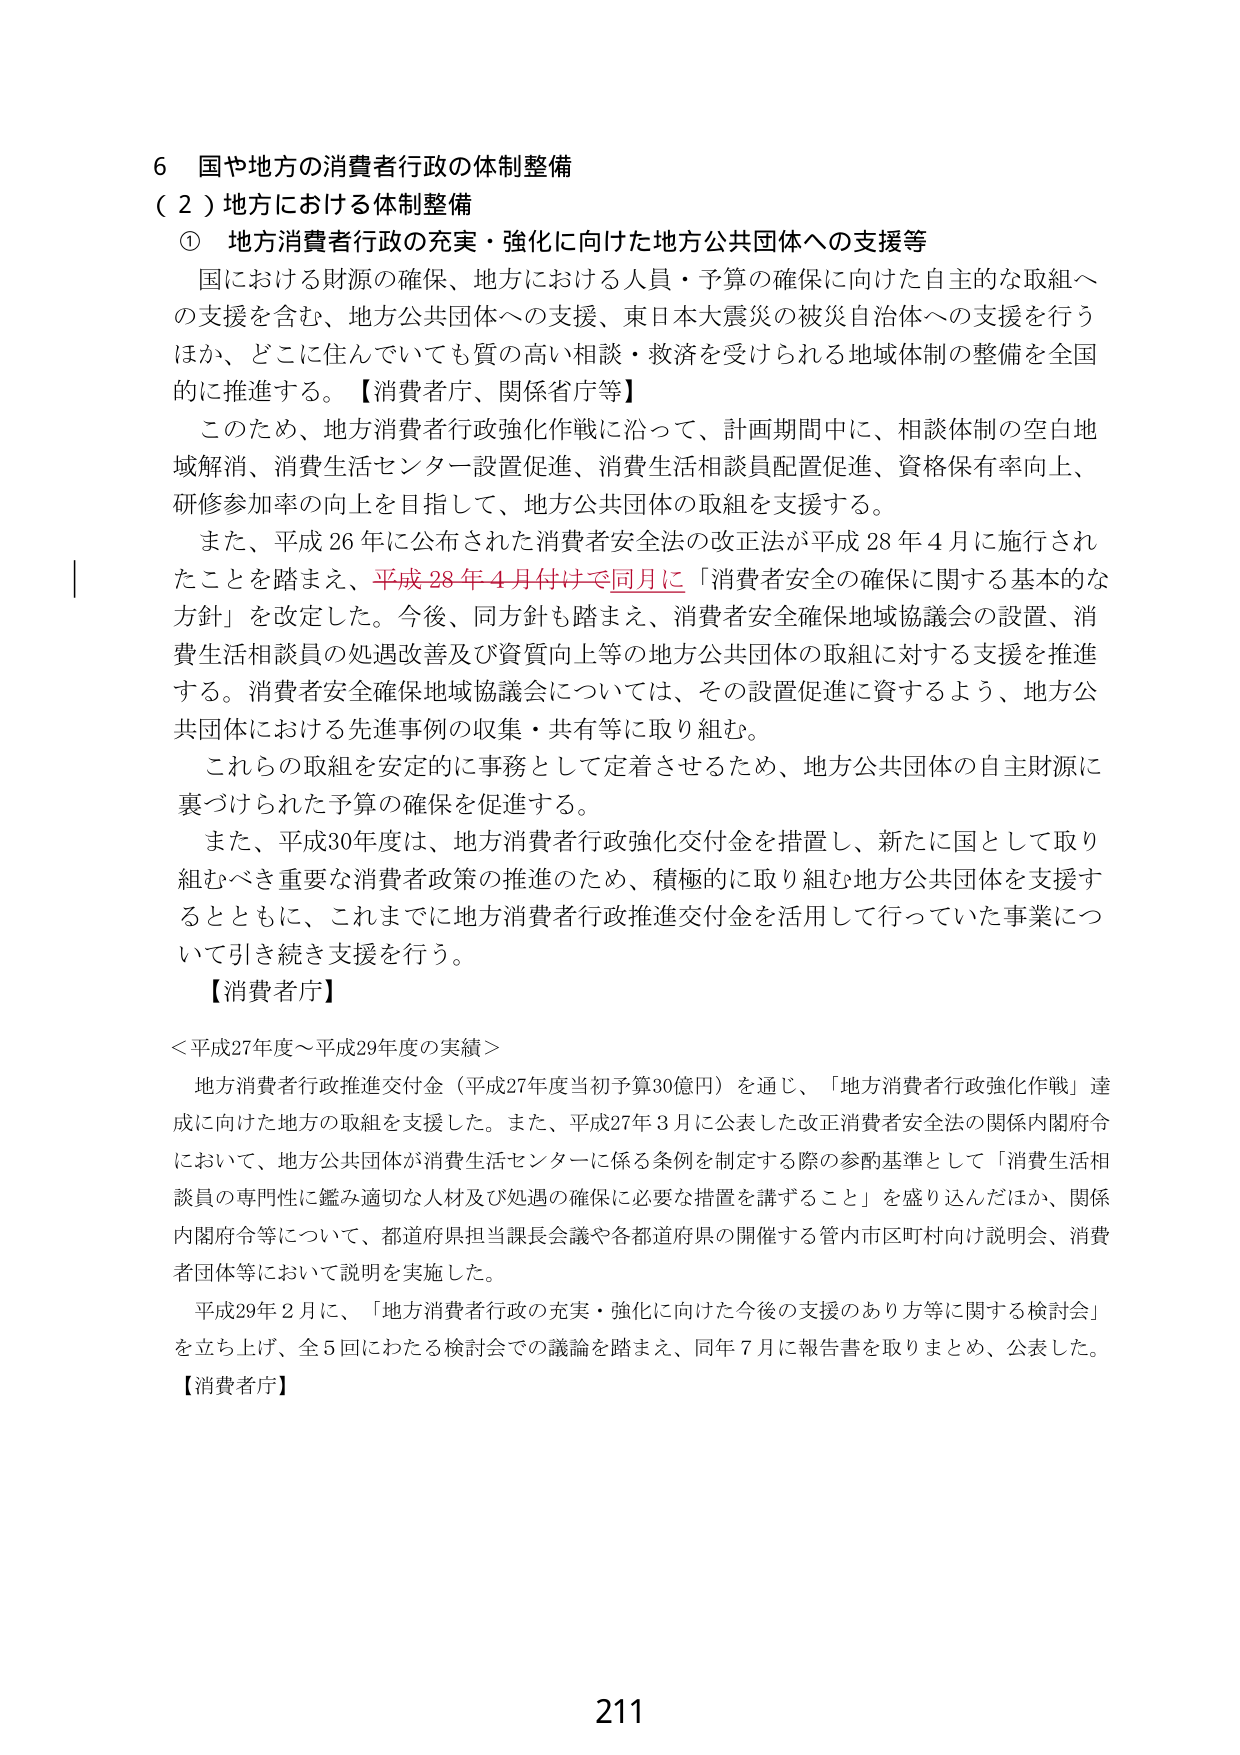
6 国や地方の消費者行政の体制整備
（2）地方における体制整備
① 地方消費者行政の充実・強化に向けた地方公共団体への支援等
　国における財源の確保、地方における人員・予算の確保に向けた自主的な取組への支援を含む、地方公共団体への支援、東日本大震災の被災自治体への支援を行うほか、どこに住んでいても質の高い相談・救済を受けられる地域体制の整備を全国的に推進する。【消費者庁、関係省庁等】
　このため、地方消費者行政強化作戦に沿って、計画期間中に、相談体制の空白地域解消、消費生活センター設置促進、消費生活相談員配置促進、資格保有率向上、研修参加率の向上を目指して、地方公共団体の取組を支援する。
　また、平成26年に公表された消費者安全法の改正法が平成28年4月に施行されたことを踏まえ、平成28年4月付けで同月に「消費者安全の確保に関する基本的な方針」を改定した。今後、同方針も踏まえ、消費者安全確保地域協議会の設置、消費生活相談員の処遇改善及び資質向上等の地方公共団体の取組に対する支援を推進する。消費者安全確保地域協議会については、その設置促進に資するよう、地方公共団体における先進事例の収集・共有等に取り組む。
　これらの取組を安定的に事務として定着させるため、地方公共団体の自主財源に裏づけられた予算の確保を促進する。
　また、平成30年度は、地方消費者行政強化交付金を措置し、新たに国として取り組むべき重要な消費者政策の推進のため、積極的に取り組む地方公共団体を支援するとともに、これまでに地方消費者行政推進交付金を活用して行っていた事業について引き続き支援を行う。
【消費者庁】
＜平成27年度～平成29年度の実績＞
　地方消費者行政推進交付金（平成27年度当初予算30億円）を通じ、「地方消費者行政強化作戦」達成に向けた地方の取組を支援した。また、平成27年3月に公表した改正消費者安全法の関係内閣府令において、地方公共団体が消費生活センターに係る条例を制定する際の参酌基準として「消費生活相談員の専門性に鑑み適切な人材及び処遇の確保に必要な措置を講ずること」を盛り込んだほか、関係内閣府令等について、都道府県担当課長会議や各都道府県の開催する管内市区町村向け説明会、消費者団体等において説明を実施した。
　平成29年2月に、「地方消費者行政の充実・強化に向けた今後の支援のあり方等に関する検討会」を立ち上げ、全5回にわたる検討会での議論を踏まえ、同年7月に報告書を取りまとめ、公表した。
【消費者庁】
211